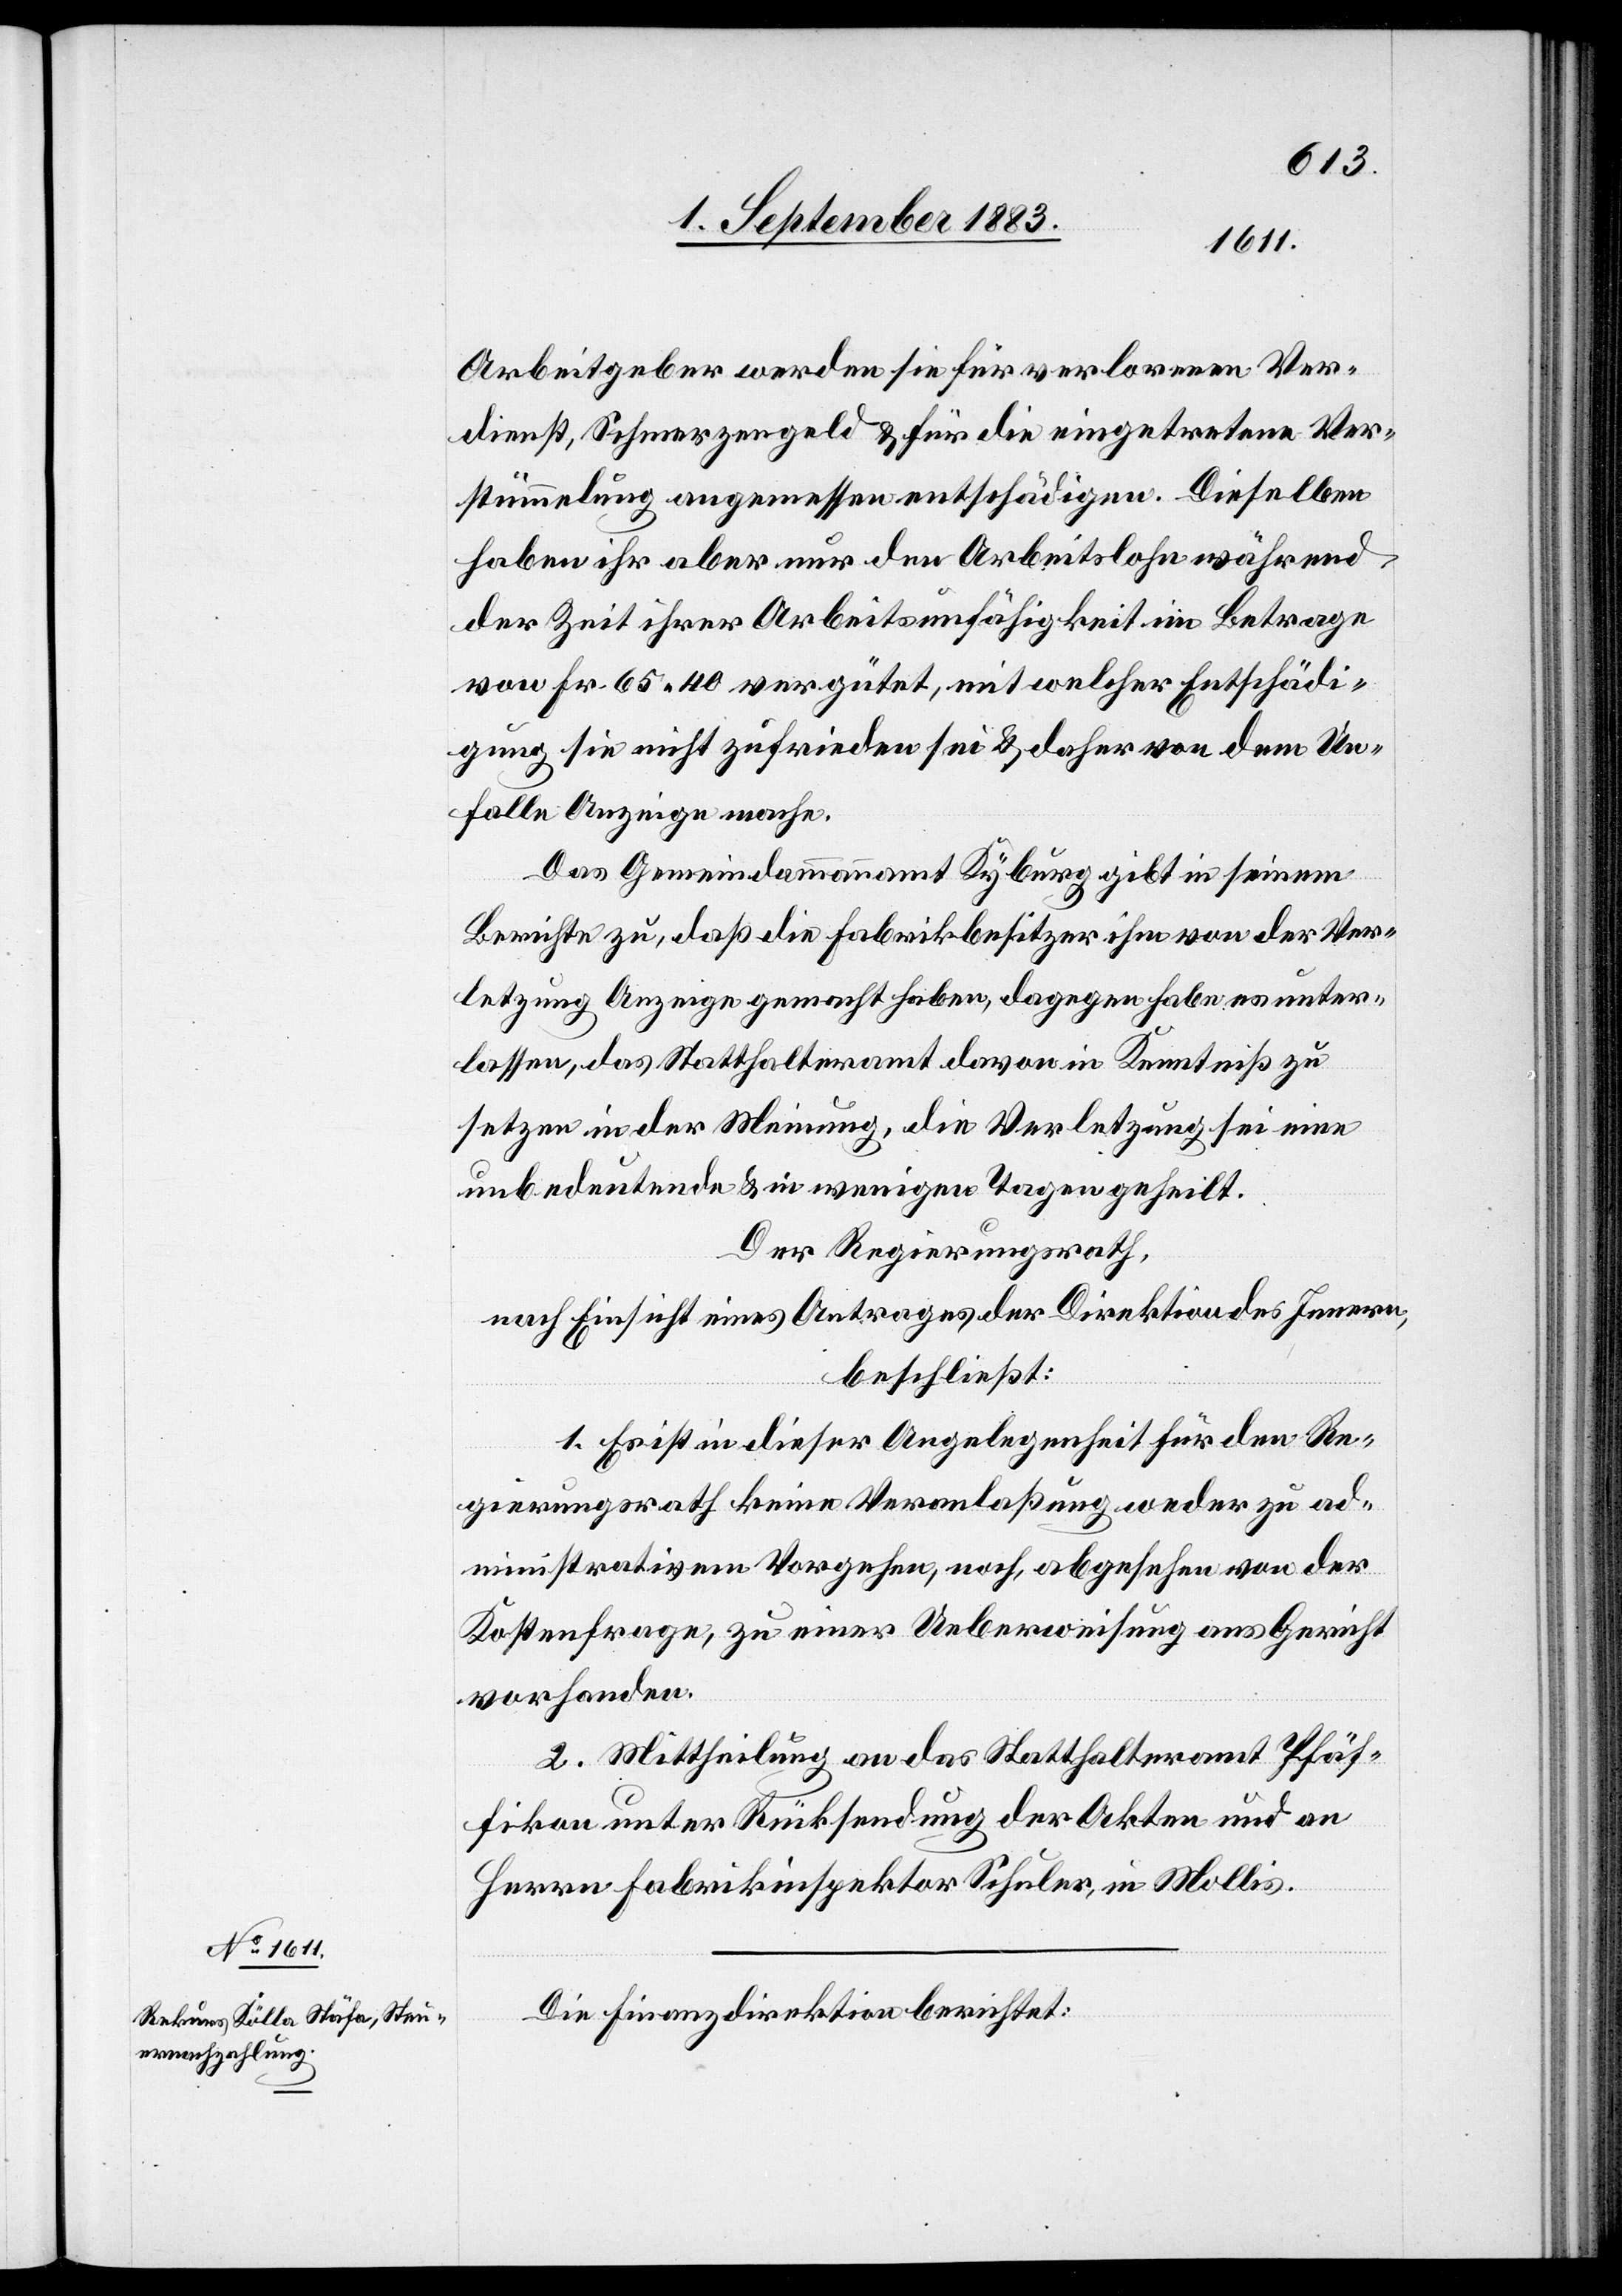
Arbeitgeber werde sie für verlorenen Ver¬
dienst, Schmerzengeld & für eingetretene Ver¬
stümmelung angemessen entschädigen. Dieselben
haben ihr aber nur den Arbeitslohn während
der Zeit ihrer Arbeitsunfähigkeit im Betrage
von Fr. 65 40 vergütet, mit welcher Entschädi¬
gung sie nicht zufrieden sei & daher von dem Un¬
falle Anzeige mache.
Das Gemeindammannamt Kyburg gibt in seinem
Berichte zu, daß die Fabrikbesitzer ihm von der Ver¬
letzung Anzeige gemacht haben, dagegen habe es unter¬
lassen, das Statthalteramt davon in Kenntniß zu
setzen in der Meinung, die Verletzung sei eine
unbedeutende & in wenigen Tagen geheilt.
Der Regierungsrath,
nach Einsicht eines Antrages der Direktion des Innern,
beschließt:
1. Es ist in dieser Angelegenheit für den Re¬
gierungsrath keine Veranlaßung weder zu ad¬
ministrativem Vorgehen, noch, abgesehen von der
Kostenfrage, zu einer Ueberweisung ans Gericht
vorhanden.
2. Mittheilung an das Statthalteramt Pfäf¬
fikon unter Rücksendung der Akten und an
Herrn Fabrikinspektor Schuler, in Mollis.
Die Finanzdirektion berichtet: